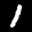
Label: 1